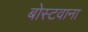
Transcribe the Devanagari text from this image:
बोस्टवाना